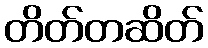
တိတ်တဆိတ်